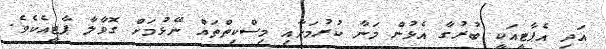
އަދި އެޕާޓީއަކީ ބުރުގާ އެޅުން މަނާ ކުރުމަށާއި މިސްކިތްތައް ނޭޅުމަށް ގޮވާލާ ޕާޓީއެކެވެ.